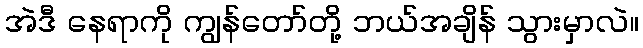
အဲဒီ နေရာကို ကျွန်တော်တို့ ဘယ်အချိန် သွားမှာလဲ။